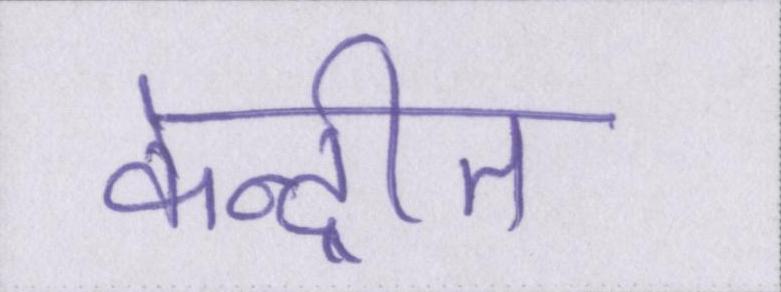
केन्द्रीत